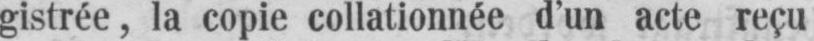
gistrée, la copie collationnée d’un acte reçu